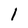
Character: 1